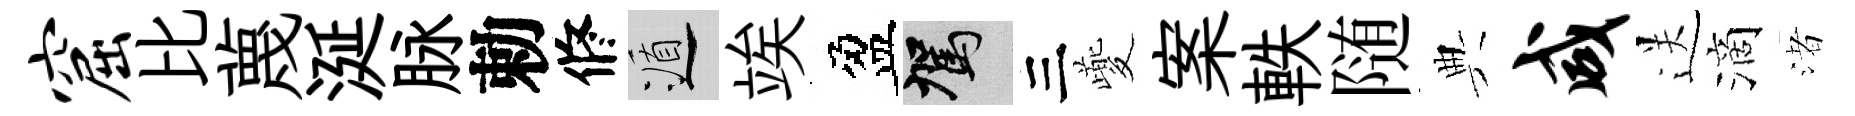
窟比蔑涎脉勅修遁竢盈駕三夔案軼随典咸送滴渚